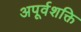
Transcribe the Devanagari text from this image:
अपूर्वशक्ति